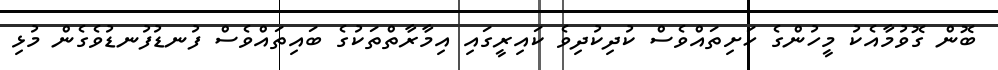
ބޮން ގޮވުމާއެކު މީހުންގެ ހަށިތައްވެސް ކުދިކުދިވެ ކައިރީގައި އިމާރާތްތަކުގެ ބައިތައްވެސް ފުނޑުފުނޑުވެގެން މުޅި